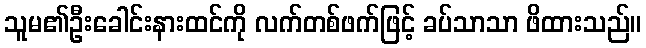
သူမ၏ဦးခေါင်းနားထင်ကို လက်တစ်ဖက်ဖြင့် ခပ်သာသာ ဖိထားသည်။